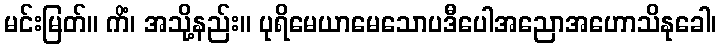
မင်းမြတ်။ ကိံ၊ အသို့နည်း။ ပုရိမေယာမေသောပဒီပေါအညောအဟောသိနုခေါ၊